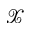
\mathcal { X }